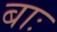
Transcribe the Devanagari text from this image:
बाः